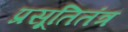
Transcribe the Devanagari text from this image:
प्रसूतितंत्र